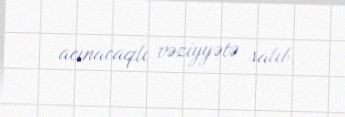
acınacaqlı vəziyyətə salıb.